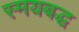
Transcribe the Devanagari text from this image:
स्मयबद्ध